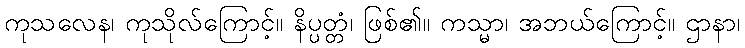
ကုသလေန၊ ကုသိုလ်ကြောင့်။ နိပ္ပတ္တံ၊ ဖြစ်၏။ ကသ္မာ၊ အဘယ်ကြောင့်။ ဌာနာ၊